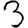
Digit: 3